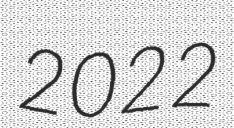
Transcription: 2022